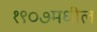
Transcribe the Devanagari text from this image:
१९०७मधील